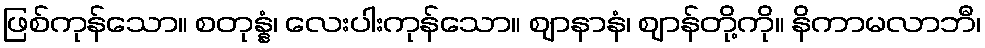
ဖြစ်ကုန်သော။ စတုန္နံ၊ လေးပါးကုန်သော။ ဈာနာနံ၊ ဈာန်တို့ကို။ နိကာမလာဘီ၊